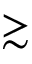
\gtrsim